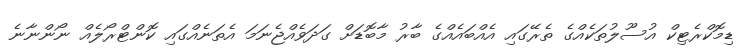
ޑިމޮކްރެޓިކް އުސޫލުތަކެއްގެ ތެރޭގައި އެއްބައެއްގެ ބާރު މާބޮޑަށް ގަދަވެއްޖެނަމަ އެތަނެއްގައި ކޮންޓްރޯލެއް ނޯންނާނެ